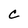
Character: C